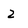
Character: z